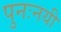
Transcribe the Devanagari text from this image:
पुनःनयी